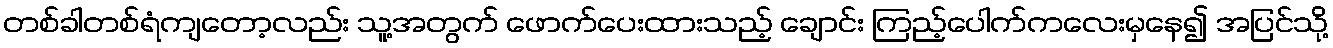
တစ်ခါတစ်ရံကျတော့လည်း သူ့အတွက် ဖောက်ပေးထားသည့် ချောင်း ကြည့်ပေါက်ကလေးမှနေ၍ အပြင်သို့